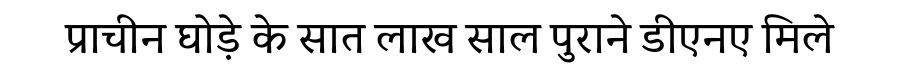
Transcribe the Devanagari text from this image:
प्राचीन घोड़े के सात लाख साल पुराने डीएनए मिले